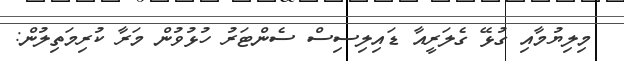
މިލިޔުމާއި ގުޅޭ ގެލަރީއާ ޑައިލިސިސް ސެންޓަރު ހުޅުވުން މަރާ ކުރިމަތިލުން: